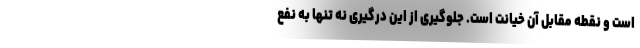
است و نقطه مقابل آن خیانت است. جلوگیری از این درگیری نه تنها به نفع